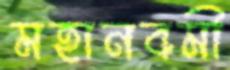
মহানবমী